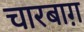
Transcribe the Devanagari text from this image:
चारबाग़